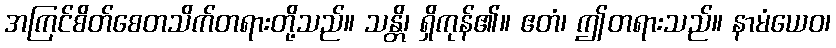
အကြင်စိတ်စေတသိက်တရားတို့သည်။ သန္တိ၊ ရှိကုန်၏။ ဧတံ၊ ဤတရားသည်။ နာမံယေဝ၊